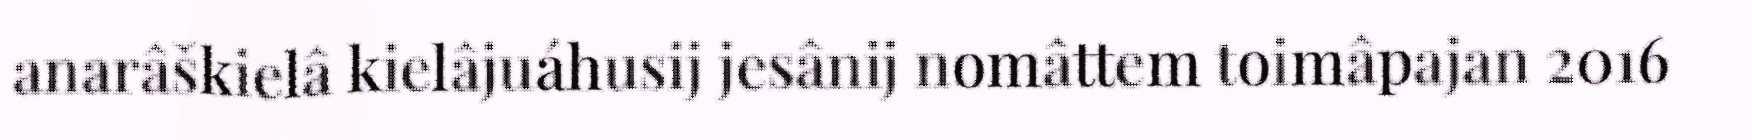
anarâškielâ kielâjuáhusij jesânij nomâttem toimâpajan 2016